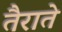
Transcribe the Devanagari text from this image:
तैराते